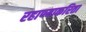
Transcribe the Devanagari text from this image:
रहाण्याकरिता